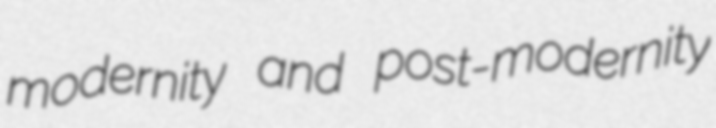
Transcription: modernity and post-modernity